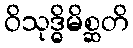
ဝိသုဒ္ဓိမိစ္ဆတိ